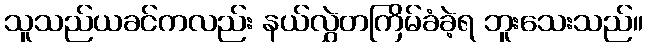
သူသည်ယခင်ကလည်း နယ်လွှဲတကြိမ်ခံခဲ့ရ ဘူးသေးသည်။